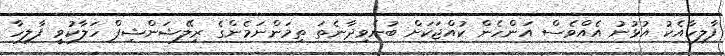
ފާލިހާއެކު އުޅުނު އެއްވެސް އަންހެން ކުއްޖަކަށް ބުނެވިދާނެތަ ތިމަންނަމެންގެ ރިލޭޝަންޝިޕް ހަލާކުވީ ފާލިހާ